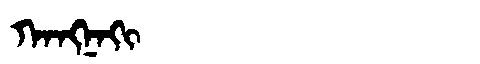
Manchu: ᡴᠠᠩᠨᠠᡴᡳ
Romanization: KANGNAKI